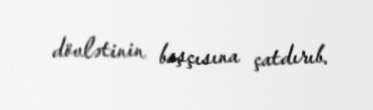
dövlətinin başçısına çatdırıb.